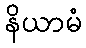
နိယာမံ